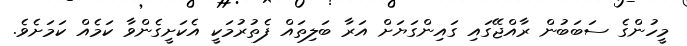
މީހުންގެ ސަބަބުން ރާއްޖޭގައި ގައިންގަޔަށް އަރާ ބަލިތައް ފެތުރުމަކީ އެކަށީގެންވާ ކަމެއް ކަމަށެވެ.